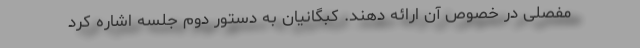
مفصلی در خصوص آن ارائه دهند. کبگانیان به دستور دوم جلسه اشاره کرد